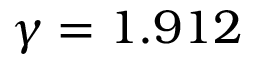
\gamma = 1 . 9 1 2